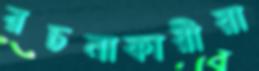
রচনাকারীরা